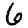
Digit: 6